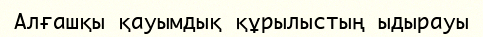
Алғашқы қауымдық құрылыстың ыдырауы